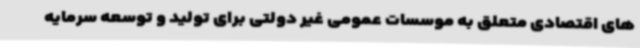
های اقتصادی متعلق به موسسات عمومی غیر دولتی برای تولید و توسعه سرمایه